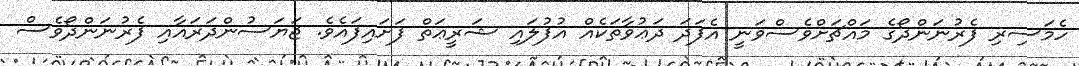
ހެމަސިރި ފެރުނަންދޯގެ މައްޗަށްވެސްވަނީ އެފަދަ ދަޢުވާތަކެއް އުފުލައި ޝަރީޢަތް ފަށައިފައެވެ. ޖަޔަސުންދަރައާއި ފެރުނަންދޯވެސް